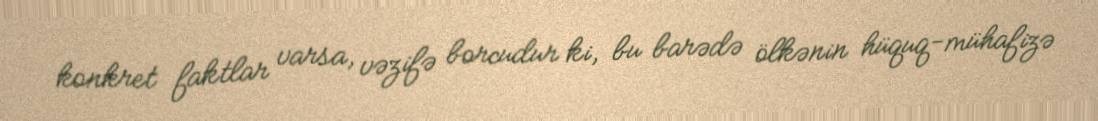
konkret faktlar varsa, vəzifə borcudur ki, bu barədə ölkənin hüquq-mühafizə